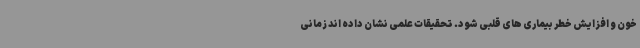
خون و افزایش خطر بیماری های قلبی شود. تحقیقات علمی نشان داده اند زمانی